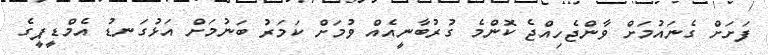
ފަށަށް ގެނައުމަށް ވާންޖެހިއްޖެ ކޮންމެ ގުރުބާނީއެއް ވުމަށް ކަމަރު ބަނުމަށް އަޅުގަނޑު އެމްޑީޕީގެ